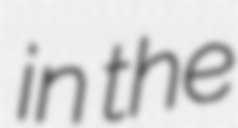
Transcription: in the